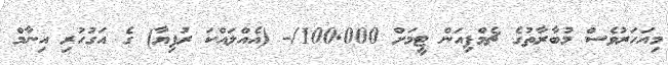
މިއަހަރުވެސް މުބާރާތުގެ ޗެމްޕިއަން ޓީމަށް 100